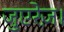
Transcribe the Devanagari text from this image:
जुएरेज़।